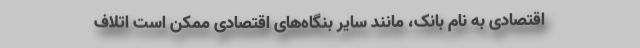
اقتصادی به نام بانک، مانند سایر بنگاه‌های اقتصادی ممکن است اتلاف